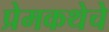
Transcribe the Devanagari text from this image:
प्रेमकथेचे